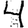
Digit: 4